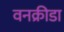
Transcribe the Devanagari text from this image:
वनक्रीडा